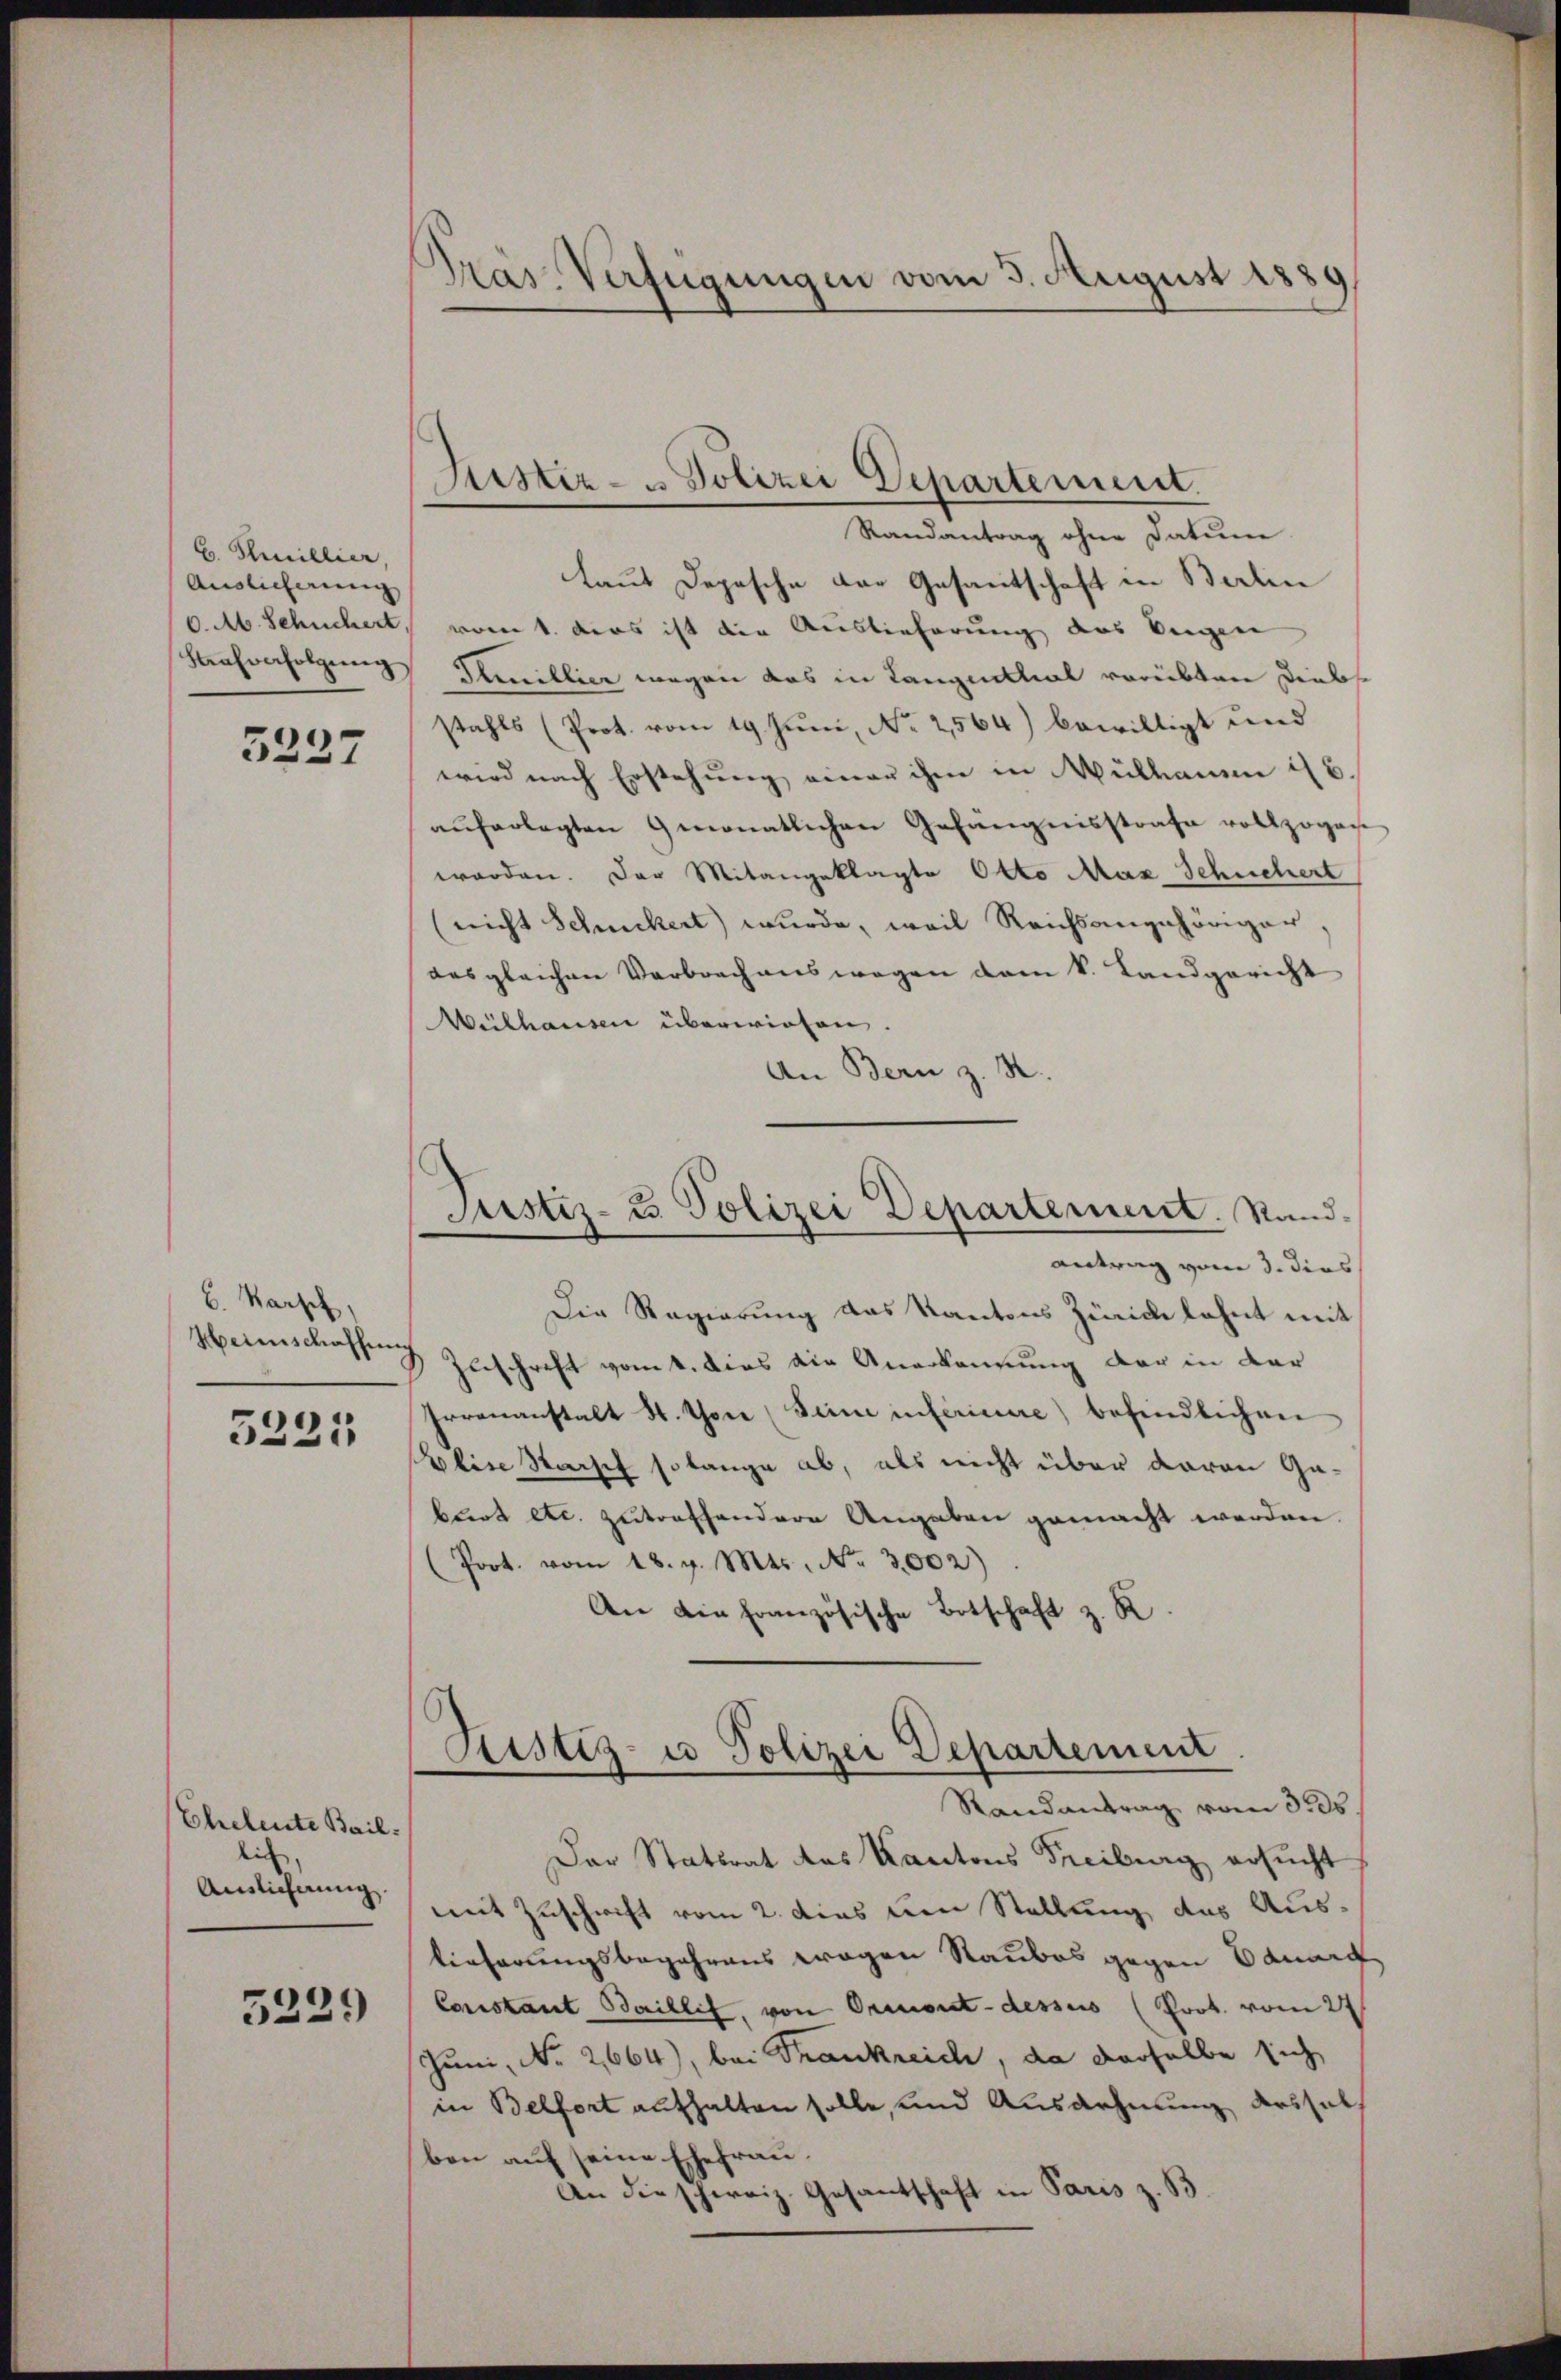
B. Thaillier,
Auslieferung
C. M. Schüchert,
Kaufverfolgung

3237

b. Karpf,
Heimschaffung

5221

Eheleute Bail.
lich
Auslieferung

5229

Pras-Verfügungen vom 3. August 1889

Justiz- u Polizei Departement.

Randantrag ohne Datum
laut Depesche der Gesantschaft in Berlin
vom 1. dies ist die Auslieferung des beigen
Famillier wegen das in Cangenthal vorübten Diebs
stahls (Prot. vom 19. Juni, No 2564) bewilligt und
wird nach Erstehung einer ihm in Mülhauen i
aŭferlegten gemonatlichen Gefängnisstrafe vollzogen
worden. Der Mitangeklagte Otto Max Schüchert
(nicht Schickert wurde, weil Reichsangehöriger,
Desgleichen Verbrechenswegen dem k. Landgericht
Wülhausen überwirken.
An Bern z. B.
Justiz- u. Polizei Departement. Rand-
antrag vom 3. dies
Die Regierung das Kantons Zürich lehnt mit
Zuschrift vom 4. dies die Anerkennung der in der
Irrenanstalt S. ton Seine inférieure) befindlichen
Plise Karsch so lange ab, als nicht über davon Gabrot etc. zutreffendere Angaben gemacht werden.
(Poot. vom 18. v. Mts. No 3,002)
An die französische Botschaft z. R

Justiz- u Polizei Departement
Randantrag vom 3. ds.

Der Statsrat des Kantons Freiburg ersucht
mit Zuschrift vom 2. dies um Stellung, das Austieferungsbegehrens wegen Raubes gegen Bauerg
Constant Baillet, von Ormont-dessus (Prot. vom 27.
Juni, No 2,664), bei Trankreich, da derselbe sich
in Belfort aufhalten solle, und Ausdehnung dessel,
ben auf seine Ehefrau.
An die schweiz. Gesantschaft in Paris z. B.